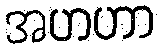
အဟဟာ